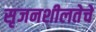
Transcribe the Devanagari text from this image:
सृजनशीलतेचे